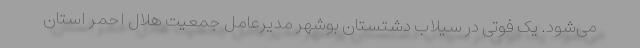
می‌شود. یک فوتی در سیلاب دشتستان بوشهر مدیرعامل جمعیت هلال احمر استان